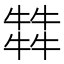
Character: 𤛭